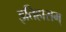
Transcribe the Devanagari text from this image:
इतिहासम्